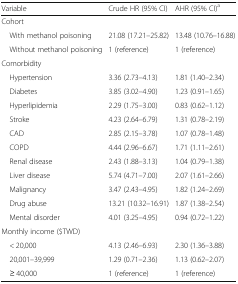
<table><thead><tr><td><b>Variable</b></td><td><b>Crude HR (95% CI)</b></td><td><b>AHR (95% CI)<sup>a</sup></b></td></tr></thead><tbody><tr><td colspan="3">Cohort</td></tr><tr><td> With methanol poisoning</td><td>21.08 (17.21–25.82)</td><td>13.48 (10.76–16.88)</td></tr><tr><td> Without methanol poisoning</td><td>1 (reference)</td><td>1 (reference)</td></tr><tr><td colspan="3">Comorbidity</td></tr><tr><td> Hypertension</td><td>3.36 (2.73–4.13)</td><td>1.81 (1.40–2.34)</td></tr><tr><td> Diabetes</td><td>3.85 (3.02–4.90)</td><td>1.23 (0.91–1.65)</td></tr><tr><td> Hyperlipidemia</td><td>2.29 (1.75–3.00)</td><td>0.83 (0.62–1.12)</td></tr><tr><td> Stroke</td><td>4.23 (2.64–6.79)</td><td>1.31 (0.78–2.19)</td></tr><tr><td> CAD</td><td>2.85 (2.15–3.78)</td><td>1.07 (0.78–1.48)</td></tr><tr><td> COPD</td><td>4.44 (2.96–6.67)</td><td>1.71 (1.11–2.61)</td></tr><tr><td> Renal disease</td><td>2.43 (1.88–3.13)</td><td>1.04 (0.79–1.38)</td></tr><tr><td> Liver disease</td><td>5.74 (4.71–7.00)</td><td>2.07 (1.61–2.66)</td></tr><tr><td> Malignancy</td><td>3.47 (2.43–4.95)</td><td>1.82 (1.24–2.69)</td></tr><tr><td> Drug abuse</td><td>13.21 (10.32–16.91)</td><td>1.87 (1.38–2.54)</td></tr><tr><td> Mental disorder</td><td>4.01 (3.25–4.95)</td><td>0.94 (0.72–1.22)</td></tr><tr><td colspan="3">Monthly income ($TWD)</td></tr><tr><td> &lt; 20,000</td><td>4.13 (2.46–6.93)</td><td>2.30 (1.36–3.88)</td></tr><tr><td> 20,001–39,999</td><td>1.29 (0.71–2.36)</td><td>1.13 (0.62–2.07)</td></tr><tr><td> ≥ 40,000</td><td>1 (reference)</td><td>1 (reference)</td></tr></tbody></table>